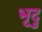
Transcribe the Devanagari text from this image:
भृदु